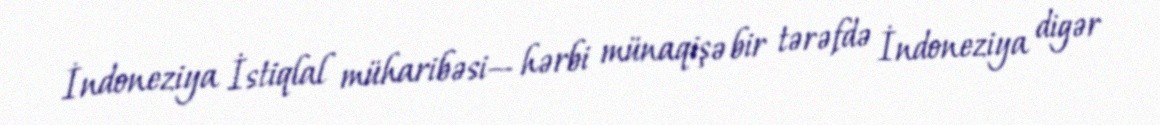
İndoneziya İstiqlal müharibəsi— hərbi münaqişə bir tərəfdə İndoneziya digər